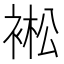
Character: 䘴